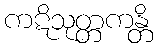
ကဋိသုတ္တကန္တိ